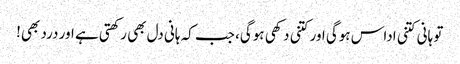
تو ہانی کتنی اداس ہوگی اور کتنی دکھی ہوگی، جب کہ ہانی دل بھی رکھتی ہے اور درد بھی!